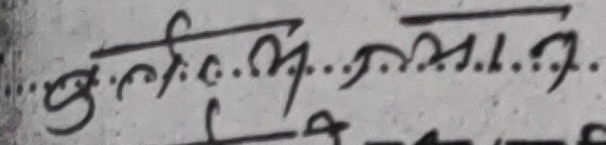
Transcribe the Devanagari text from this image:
कुलिभर